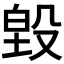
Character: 𭮵